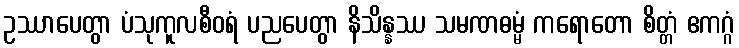
ဥဿာပေတွာ ပံသုကူလစီဝရံ ပညပေတွာ နိသိန္နဿ သမဏဓမ္မံ ကရောတော စိတ္တံ ဧကဂ္ဂံ